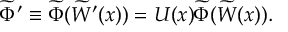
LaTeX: \widetilde { \Phi } ^ { \prime } \equiv \widetilde { \Phi } ( \widetilde { W } ^ { \prime } ( x ) ) = U ( x ) \widetilde { \Phi } ( \widetilde { W } ( x ) ) .